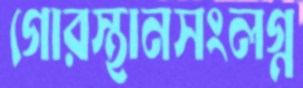
গোরস্থানসংলগ্ন